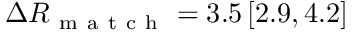
\Delta R _ { \mathrm { ~ m ~ a ~ t ~ c ~ h ~ } } = 3 . 5 \, [ 2 . 9 , 4 . 2 ]